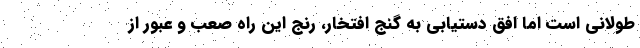
طولانی است اما افق دستیابی به گنج افتخار، رنج این راه صعب و عبور از